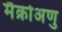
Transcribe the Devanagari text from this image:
मैक्रोअणु